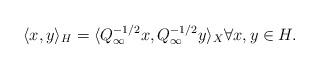
LaTeX: \begin{align*}\langle x, y\rangle_H = \langle Q_\infty^{-1/2}x,Q_\infty^{-1/2}y \rangle_X \forall x,y\in H.\end{align*}